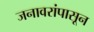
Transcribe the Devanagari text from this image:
जनावरांपासून